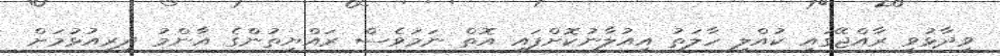
ވިދާޅުވީ ރާއްޖޭގައި ކުއްލި ހާލަތު އިއުލާނުކޮށްފައި އޮތް ނަމަވެސް ރައްޔިތުންގެ އާންމު ދިރިއުޅުމަށް